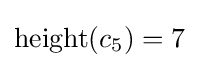
\operatorname {height} (c_{5})=7